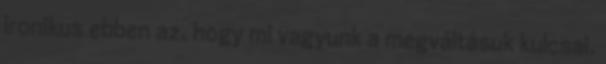
ironikus ebben az, hogy mi vagyunk a megváltásuk kulcsai.